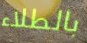
بالطلاء